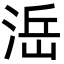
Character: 㴈